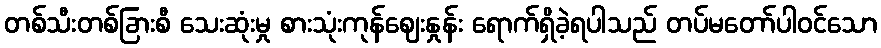
တစ်သီးတစ်ခြားစီ သေးဆုံးမှု စားသုံးကုန်ဈေးနှုန်း ရောက်ရှိခဲ့ရပါသည် တပ်မတော်ပါဝင်သော